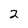
Character: 2